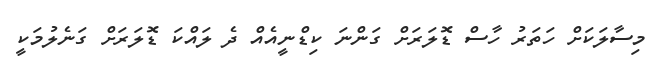
މިސާލަކަށް ހަތަރު ހާސް ޑޮލަރަށް ގަންނަ ކިޑްނީއެއް ދެ ލައްކަ ޑޮލަރަށް ގަނެލުމަކީ